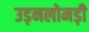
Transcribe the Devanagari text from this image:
उड़नलोमड़ी